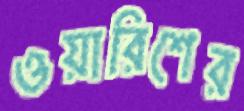
ওয়ারিশের